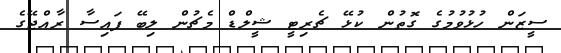
ސީޒަން ހުޅުވުމުގެ ގޮތުން ކުޅޭ ޗެރިޓީ ޝީލްޑް މެޗުން ލިބޭ ފައިސާ ރާއްޖޭގެ